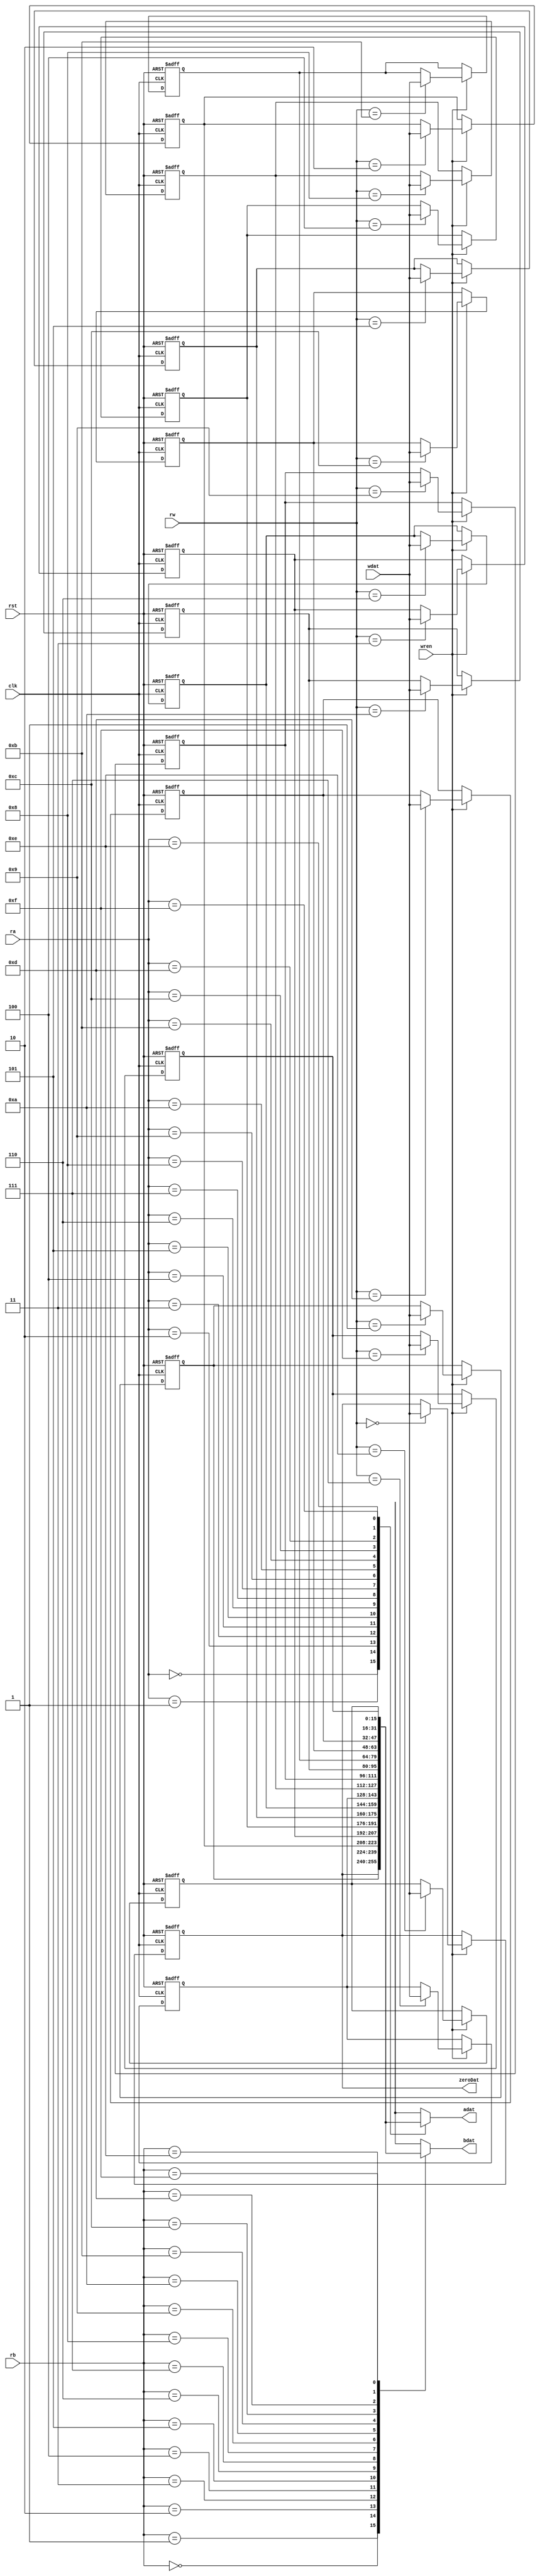
`timescale 1ns / 1ps
//////////////////////////////////////////////////////////////////////////////////
// Company: 
// Engineer: 
// 
// Design Name: 
// Module Name:    regfileparam_behav 
// Project Name: 
// Target Devices: 
// Tool versions: 
// Description: 
//
// Dependencies: 
//
// Revision: 
// Revision 0.01 - File Created
// Additional Comments: 
//
//////////////////////////////////////////////////////////////////////////////////
module regfileparam_behav 
	#(parameter BITSIZE = 16,
	  parameter ADDSIZE = 4)
	(output [BITSIZE-1:0] adat,
    output [BITSIZE-1:0] bdat,
	 output [BITSIZE-1:0] zeroDat,
    input [ADDSIZE-1:0] ra,	// Read A Address
    input [ADDSIZE-1:0] rb,	// Read B Address
    input [ADDSIZE-1:0] rw,	// Write Address
    input [BITSIZE-1:0] wdat,
    input wren,
	 input clk, rst
    );
	
	 integer i;
	 
	 reg [BITSIZE-1:0] array_reg [2**ADDSIZE-1:0]; 
	 
	 always @(posedge clk, negedge rst) begin
		if(~rst) begin
			for(i = 0; i < 2**ADDSIZE; i = i + 1) begin
				array_reg[i] <= 0;
			end
		end
		else if(wren) begin
			array_reg[rw] <= wdat;
		end

	 end
	 
	 // Asynchronous Read
	 assign adat = array_reg[ra];
	 assign bdat = array_reg[rb];
	 assign zeroDat = array_reg[0];
	
endmodule